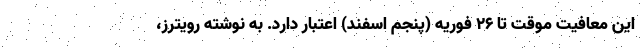
این معافیت موقت تا ۲۶ فوریه (پنجم اسفند) اعتبار دارد. به نوشته رویترز،